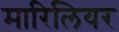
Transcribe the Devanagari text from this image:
मारिलियर